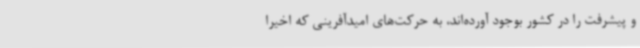
و پیشرفت را در کشور بوجود آورده‌اند، به حرکت‌های امیدآفرینی که اخیراً